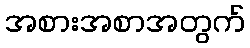
အစားအစာအတွက်